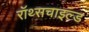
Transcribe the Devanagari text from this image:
रॉथ्सचाइल्ड